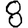
Digit: 8